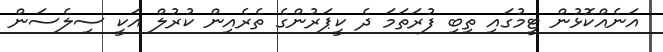
އަނެއްކޮޅުން ޓީމުގައި ތިބި ފުރަތަމަ ދެ ކީޕަރުންގެ ތެރެއިން ކުރުލް އަކީ ސިލެސަން